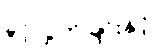
ခွင့်လွှတ်ခြင်းနှင့်